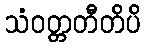
သံဝတ္တတီတိပိ